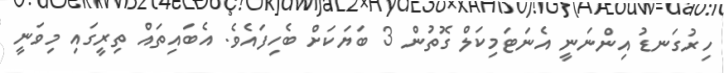
ހިރުގަނޑު އިންނަނީ އެނަޓަމިކަލް ގޮތުން 3 ބަޔަކަށް ބެެހިފައެވެ. އެބައިތައް ތިރީގައި މިވަނީ